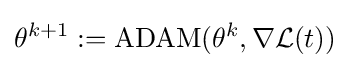
\theta ^{k+1}:=\operatorname {ADAM} (\theta ^{k},\nabla {\mathcal {L}}(t))